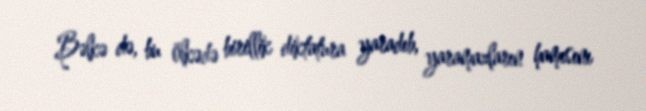
Bəlkə də, bu ölkədə birillik diktatura yaradıb, yaramazların hamısını